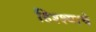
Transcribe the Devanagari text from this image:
हिश्श्याचे